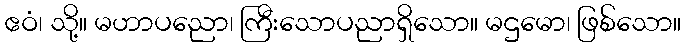
ဧဝံ၊ သို့။ မဟာပညော၊ ကြီးသောပညာရှိသော။ မဌမော၊ ဖြစ်သော။